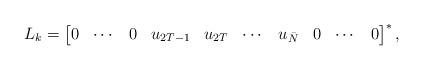
LaTeX: \begin{align*}L_k = \begin{bmatrix}0 & \cdots & 0 & u_{2T-1} & u_{2T} &\cdots &u_{\bar{N}} &0 &\cdots &0\end{bmatrix}^*, \end{align*}